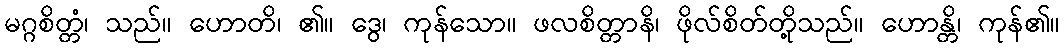
မဂ္ဂစိတ္တံ၊ သည်။ ဟောတိ၊ ၏။ ဒွေ၊ ကုန်သော။ ဖလစိတ္တာနိ၊ ဖိုလ်စိတ်တို့သည်။ ဟောန္တိ၊ ကုန်၏။